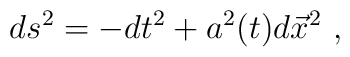
ds^2 = -dt ^2 + a^2(t) d {\vec x}^2 \ ,